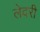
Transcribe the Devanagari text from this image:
लेदरी